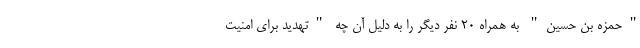
"حمزه بن حسین" به همراه ۲۰ نفر دیگر را به دلیل آن چه "تهدید برای امنیت